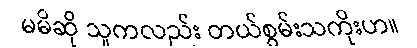
မမိဆို သူကလည်း တယ်စွမ်းသကိုးဟ။